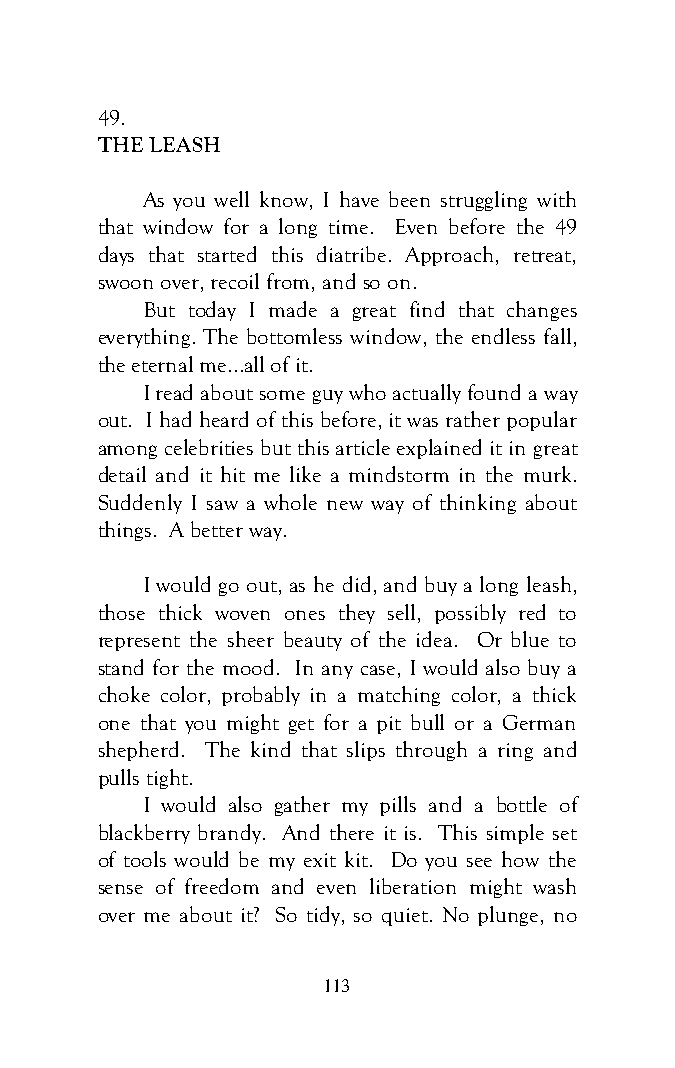
49.
 THE LEASH
 As you well know, I have been struggling with
 that window for a long time. Even before the 49
 days that started this diatribe. Approach, retreat,
 swoon over, recoil from, and so on.
 But today I made a great find that changes
 everything. The bottomless window, the endless fall,
 the eternal me...all of it.
 I read about some guy who actually found a way
 out. I had heard of this before, it was rather popular
 among celebrities but this article explained it in great
 detail and it hit me like a mindstorm in the murk.
 Suddenly I saw a whole new way of thinking about
 things. A better way.
 I would go out, as he did, and buy a long leash,
 those thick woven ones they sell, possibly red to
 represent the sheer beauty of the idea. Or blue to
 stand for the mood. In any case, I would also buy a
 choke color, probably in a matching color, a thick
 one that you might get for a pit bull or a German
 shepherd. The kind that slips through a ring and
 pulls tight.
 I would also gather my pills and a bottle of
 blackberry brandy. And there it is. This simple set
 of tools would be my exit kit. Do you see how the
 sense of freedom and even liberation might wash
 over me about it? So tidy, so quiet. No plunge, no
 113